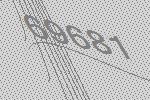
69681